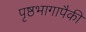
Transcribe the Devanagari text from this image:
पृष्ठभागापैकी